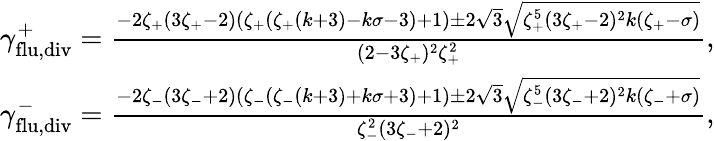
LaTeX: \begin{array}{r}{\gamma_{\mathrm{flu},\mathrm{div}}^{+}=\frac{-2\zeta_{+}(3\zeta_{+}-2)(\zeta_{+}(\zeta_{+}(k+3)-k\sigma-3)+1)\pm 2\sqrt{3}\sqrt{\zeta_{+}^{5}(3\zeta_{+}-2)^{2}k(\zeta_{+}-\sigma)}}{(2-3\zeta_{+})^{2}\zeta_{+}^{2}},}\\ {\gamma_{\mathrm{flu},\mathrm{div}}^{-}=\frac{-2\zeta_{-}(3\zeta_{-}+2)(\zeta_{-}(\zeta_{-}(k+3)+k\sigma+3)+1)\pm 2\sqrt{3}\sqrt{\zeta_{-}^{5}(3\zeta_{-}+2)^{2}k(\zeta_{-}+\sigma)}}{\zeta_{-}^{2}(3\zeta_{-}+2)^{2}},}\end{array}